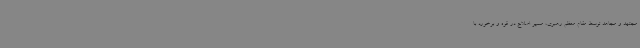
مجتهد و مجاهد توسط مقام معظم رهبری، مسیر اصلاح در قوه و برخورد با